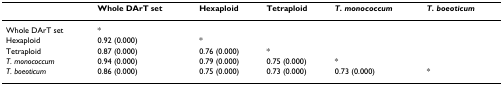
<table><thead><tr><td></td><td><b>Whole DArT set</b></td><td><b>Hexaploid</b></td><td><b>Tetraploid</b></td><td><b><i>T. monococcum</i></b></td><td><b><i>T. boeoticum</i></b></td></tr></thead><tbody><tr><td>Whole DArT set</td><td>*</td><td></td><td></td><td></td><td></td></tr><tr><td>Hexaploid</td><td>0.92 (0.000)</td><td>*</td><td></td><td></td><td></td></tr><tr><td>Tetraploid</td><td>0.87 (0.000)</td><td>0.76 (0.000)</td><td>*</td><td></td><td></td></tr><tr><td><i>T. monococcum</i></td><td>0.94 (0.000)</td><td>0.79 (0.000)</td><td>0.75 (0.000)</td><td>*</td><td></td></tr><tr><td><i>T. boeoticum</i></td><td>0.86 (0.000)</td><td>0.75 (0.000)</td><td>0.73 (0.000)</td><td>0.73 (0.000)</td><td>*</td></tr></tbody></table>